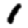
Digit: 1